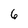
Character: 6